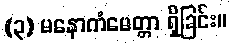
(၃) မနောကံမေတ္တာ ရှိခြင်း။